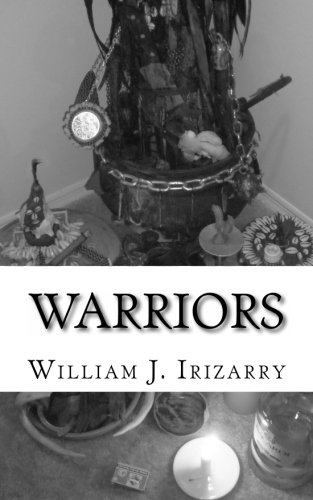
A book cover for Warriors: An Aleyo's guide to the care and maintenance or "Warriors"; Mr. William John Irizarry Jr.; Religion & Spirituality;